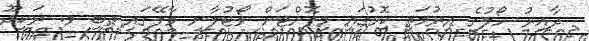
ދާއިރު ހޯލުގެ އިރުމަތީ ކޮޅުގައި މިފޮށްޓަށް ވޯޓުލާނީ މާލޭގައި ތިބި ވ. ރަކީދޫ